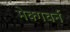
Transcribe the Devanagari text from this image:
मेक्गवर्न